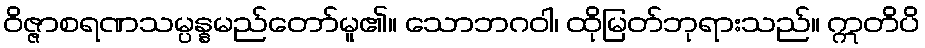
ဝိဇ္ဇာစရဏသမ္ပန္နမည်တော်မူ၏။ သောဘဂဝါ၊ ထိုမြတ်ဘုရားသည်။ ဣတိပိ